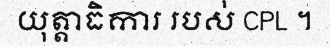
យុត្តាធិការ របស់ CPL ។